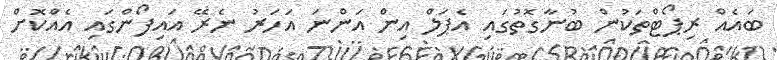
ބައެއް ރިޕޯޓްތަކުން ބުނާގޮތުގައި އެޕަލް އިން އަންނަ އަހަރު ނެރޭ އައިފޯންގައި އެއްކޮށް